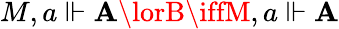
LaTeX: M,a\Vdash\mathbf{A}\lorB\iffM,a\Vdash\mathbf{A}